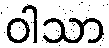
ဝါသာ